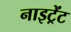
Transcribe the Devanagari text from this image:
नाइट्रेंट